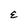
Character: E